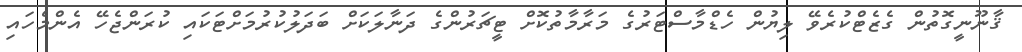
ޤާނޫނީގޮތުން ގެޒެޓްކުރެވޭ ލިޔުން ހެޑްމާސްޓަރުގެ މަރާމާތުކޮށް ޓީޗަރުންގެ ދަނާލަކަށް ބަދަލުކުރުމަށްޓަކައި ކުރަންޖެހޭ އެންމެހައި